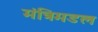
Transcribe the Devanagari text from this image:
मंत्रिमडल